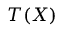
{ \boldsymbol { T } } ( X )